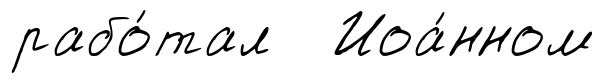
рабо́тал Иоа́нном